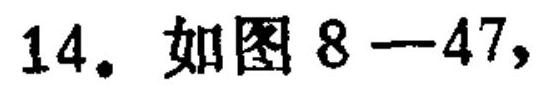
14. 如图 \(8 - 47\)，